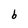
Character: b